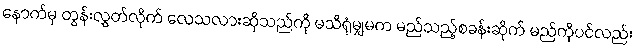
နောက်မှ တွန်းလွှတ်လိုက် လေသလားဆိုသည်ကို မသိရုံမျှမက မည်သည့်စခန်းဆိုက် မည်ကိုပင်လည်း